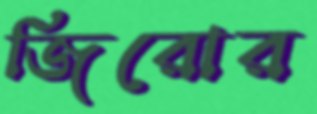
জিরোর